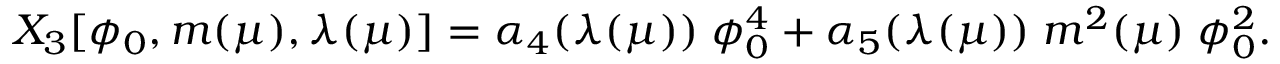
X _ { 3 } [ \phi _ { 0 } , m ( \mu ) , \lambda ( \mu ) ] = \alpha _ { 4 } ( \lambda ( \mu ) ) \; \phi _ { 0 } ^ { 4 } + \alpha _ { 5 } ( \lambda ( \mu ) ) \; m ^ { 2 } ( \mu ) \; \phi _ { 0 } ^ { 2 } .